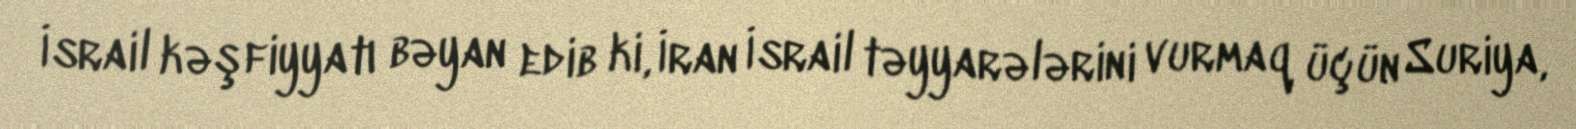
İsrail kəşfiyyatı bəyan edib ki, İran İsrail təyyarələrini vurmaq üçün Suriya,